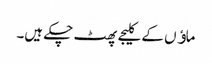
ماﺅں کے کلیجے پھٹ چکے ہیں۔